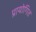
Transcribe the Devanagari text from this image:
प्रायोगित